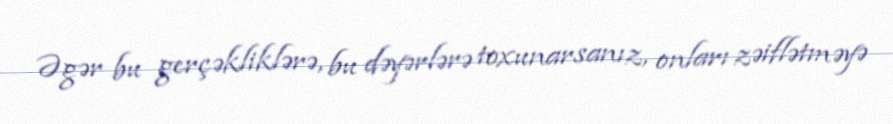
Əgər bu gerçəkliklərə, bu dəyərlərə toxunarsanız, onları zəiflətməyə